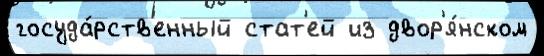
госуда́рств'енный стат'ей из двор'я́нском